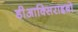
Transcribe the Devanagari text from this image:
डीआक्सिराइबो